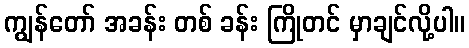
ကျွန်တော် အခန်း တစ် ခန်း ကြိုတင် မှာချင်လို့ပါ။